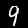
Label: 9